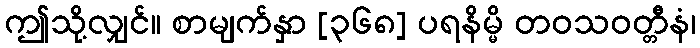
ဤသို့လျှင်။ စာမျက်နှာ [၃၆၈] ပရနိမ္မိ တဝသဝတ္တီနံ၊